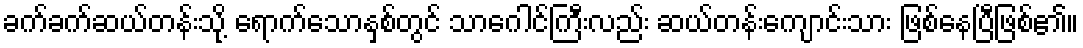
ခက်ခက်ဆယ်တန်းသို့ ရောက်သောနှစ်တွင် သာဂေါင်ကြီးလည်း ဆယ်တန်းကျောင်းသား ဖြစ်နေပြီဖြစ်၏။